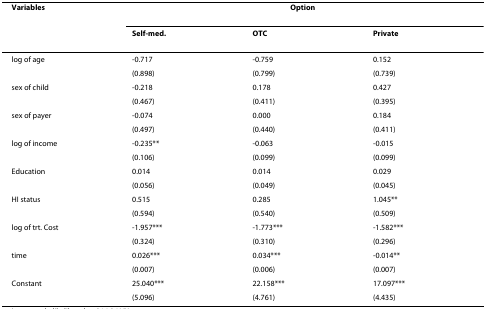
| Variables | <COLSPAN=3> Option |
 |  | Self-med. | OTC | Private |
 | --- | --- | --- | --- |
 | log of age | -0.717 | -0.759 | 0.152 |
 |  | (0.898) | (0.799) | (0.739) |
 | sex of child | -0.218 | 0.178 | 0.427 |
 |  | (0.467) | (0.411) | (0.395) |
 | sex of payer | -0.074 | 0.000 | 0.184 |
 |  | (0.497) | (0.440) | (0.411) |
 | log of income | -0.235** | -0.063 | -0.015 |
 |  | (0.106) | (0.099) | (0.099) |
 | Education | 0.014 | 0.014 | 0.029 |
 |  | (0.056) | (0.049) | (0.045) |
 | HI status | 0.515 | 0.285 | 1.045** |
 |  | (0.594) | (0.540) | (0.509) |
 | log of trt. Cost | -1.957*** | -1.773*** | -1.582*** |
 |  | (0.324) | (0.310) | (0.296) |
 | time | 0.026*** | 0.034*** | -0.014** |
 |  | (0.007) | (0.006) | (0.007) |
 | Constant | 25.040*** | 22.158*** | 17.097*** |
 |  | (5.096) | (4.761) | (4.435) |